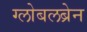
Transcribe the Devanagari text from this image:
ग्लोबलब्रेन